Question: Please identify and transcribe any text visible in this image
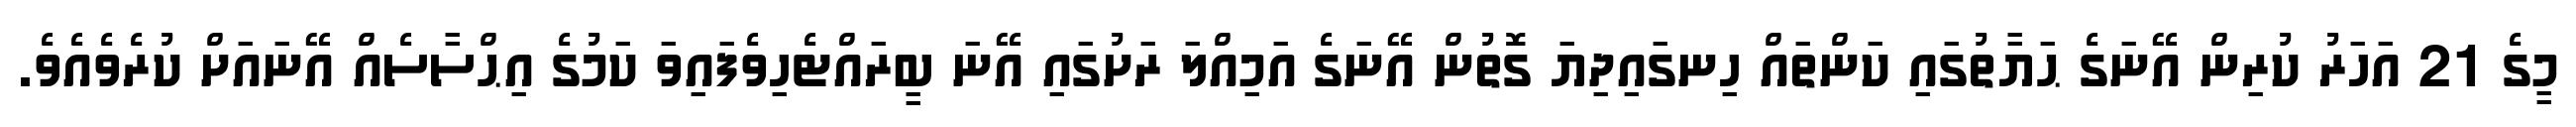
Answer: މީގެ 21 އަހަރު ކުރިން އޭނަގެ ޙަޔާތުގައި ކަންތައް ހިނގައިދިޔަ ގޮތުން އޭނަގެ އަމިއްލަ ރަށުގައި އޭނަ ބީރައްޓެހިވެފައިވަ ކަމުގެ އިޙްސާސެއް އޭނައަށް ކުރެވެއެވެ.